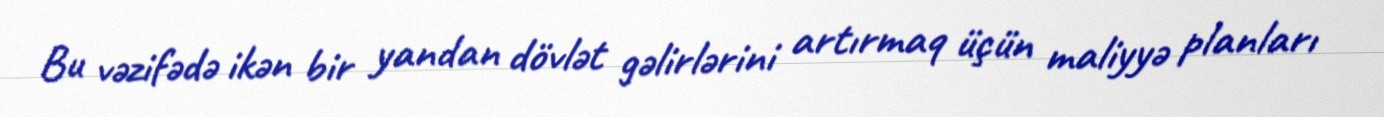
Bu vəzifədə ikən bir yandan dövlət gəlirlərini artırmaq üçün maliyyə planları